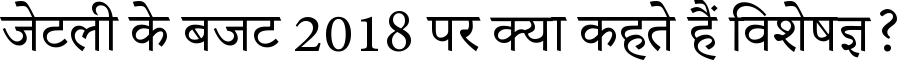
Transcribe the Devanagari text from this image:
जेटली के बजट 2018 पर क्या कहते हैं विशेषज्ञ?